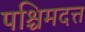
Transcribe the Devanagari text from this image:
पश्चिमदत्त